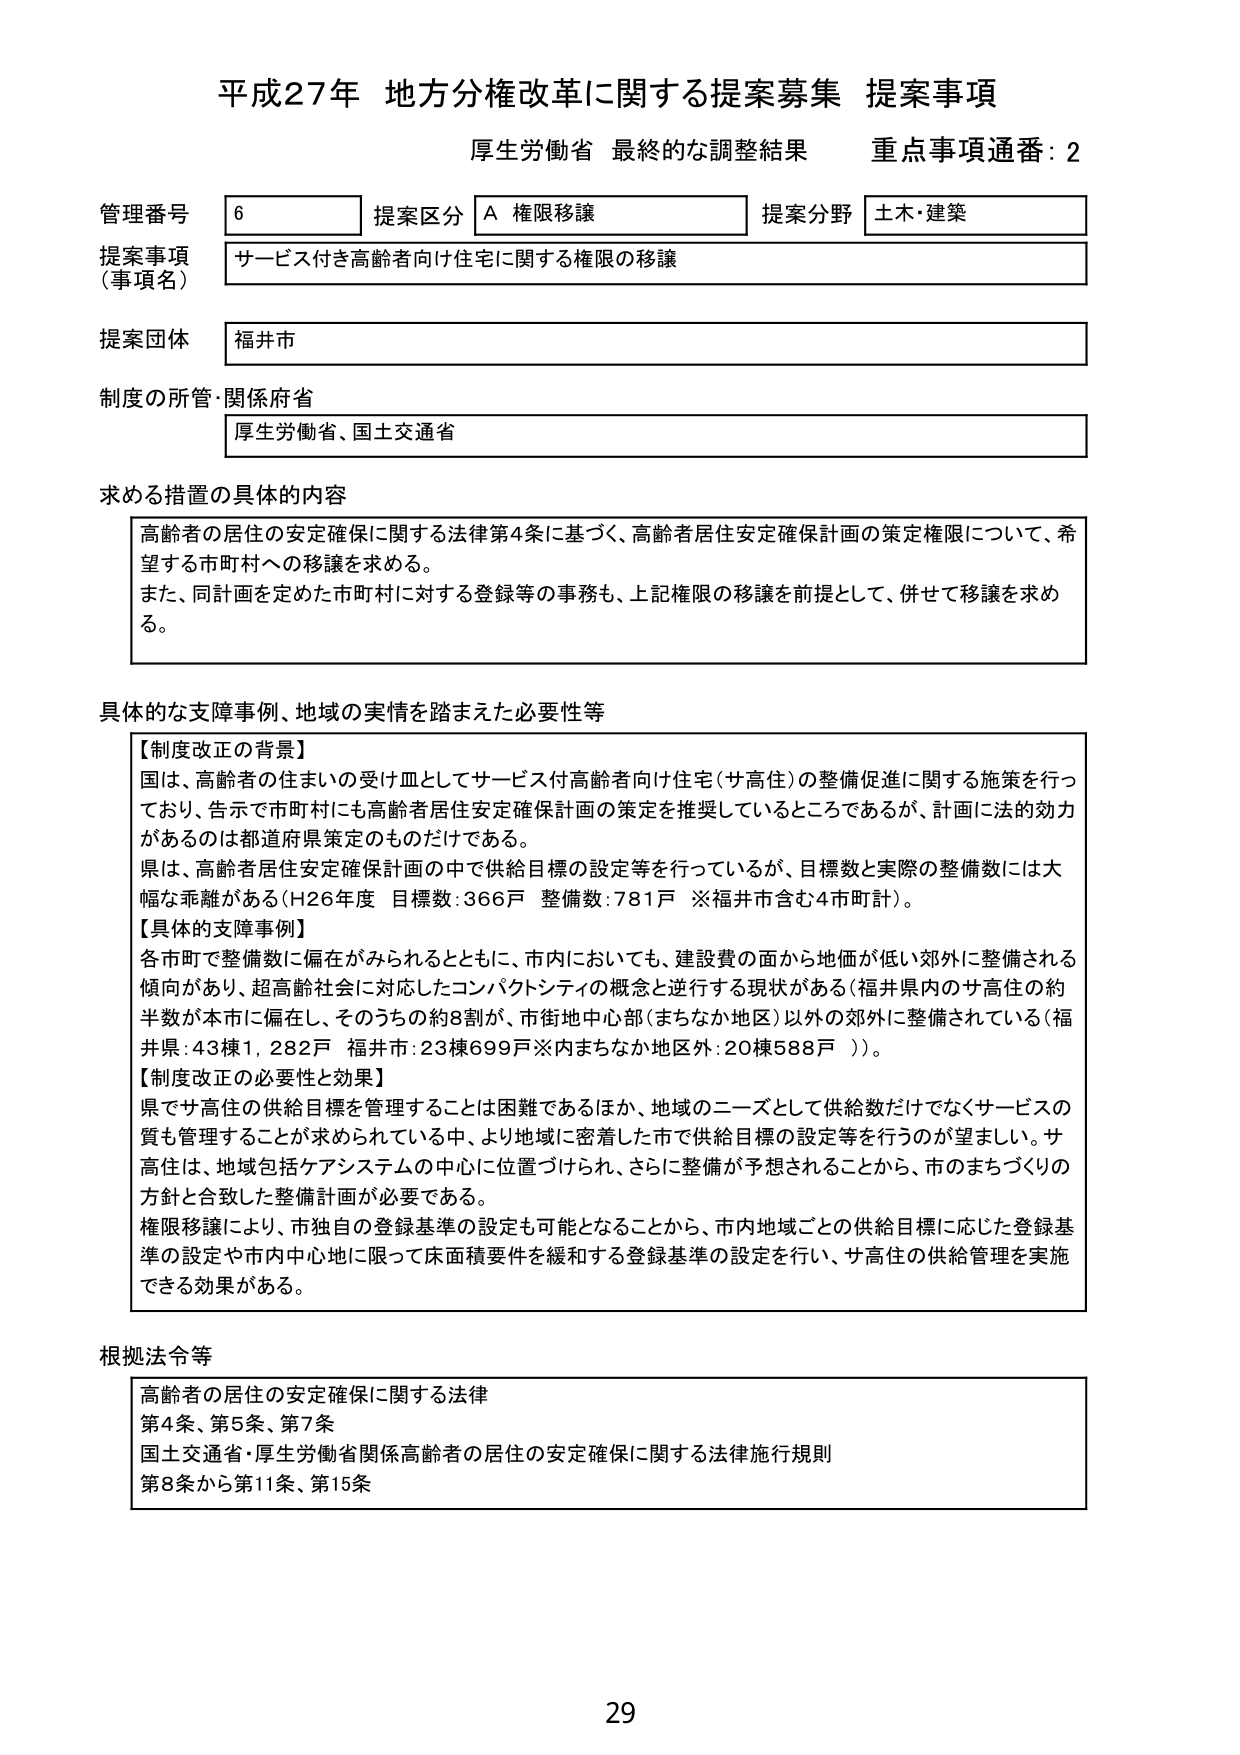
平成27年 地方分権改革に関する提案募集 提案事項
厚生労働省 最終的な調整結果 重点事項通番：2

管理番号 6 提案区分 A 権限移譲 提案分野 土木・建築
提案事項（事項名） サービス付き高齢者向け住宅に関する権限の移譲
提案団体 福井市
制度の所管・関係府省 厚生労働省、国土交通省

求める措置の具体的な内容
高齢者の居住の安定確保に関する法律第4条に基づく、高齢者居住安定確保計画の策定権限について、希望する市町村への移譲を求める。
また、同計画を定めた市町村に対する登録等の事務も、上記権限の移譲を前提として、併せて移譲を求める。

具体的な支障事例、地域の実情を踏まえた必要性等
【制度改正の背景】
国は、高齢者の住まいの受皿としてサービス付高齢者向け住宅（サ高住）の整備促進に関する施策を行っており、告示で市町村にも高齢者居住安定確保計画の策定を推奨しているところであるが、計画に法的効力があるのは都道府県策定のものだけである。
県は、高齢者居住安定確保計画の中で供給目標の設定等を行っているが、目標数と実際の整備数には大幅な乖離がある（H26年度 目標数：366戸 整備数：781戸 ※福井市含む4市町計）。
【具体的支障事例】
各市町で整備数に偏在がみられるとともに、市内においても、建設費の面から地価が低い郊外に整備される傾向があり、超高齢社会に対応したコンパクトシティの概念と逆行する現状がある（福井県内のサ高住の約半数が本市に偏在し、そのうちの約8割が、市街地中心部（まちなか地区）以外の郊外に整備されている（福井県：43棟1,282戸 福井市：23棟699戸※内まちなか地区外：20棟588戸））。
【制度改正の必要性と効果】
県でサ高住の供給目標を管理することは困難であるほか、地域のニーズとして供給数だけでなくサービスの質も管理することが求められている中、より地域に密着した市で供給目標の設定等を行うのが望ましい。サ高住は、地域包括ケアシステムの中心に位置づけられ、さらに整備が予想されることから、市のまちづくりの方針と合致した整備計画が必要である。
権限移譲により、市独自の登録基準の設定も可能となることから、市内地域ごとの供給目標に応じた登録基準の設定や市内中心地に限って床面積要件を緩和する登録基準の設定を行い、サ高住の供給管理を実施できる効果がある。

根拠法令等
高齢者の居住の安定確保に関する法律
第4条、第5条、第7条
国土交通省・厚生労働省関係高齢者の居住の安定確保に関する法律施行規則
第8条から第11条、第15条

29